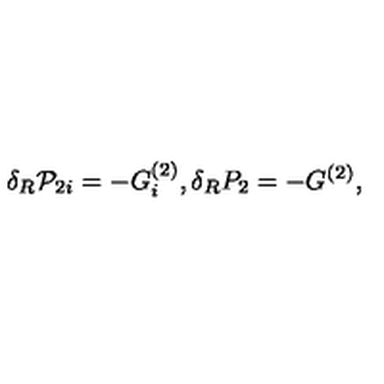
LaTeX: \delta _ { R } { \cal P } _ { 2 i } = - G _ { i } ^ { ( 2 ) } , \delta _ { R } P _ { 2 } = - G ^ { ( 2 ) } ,